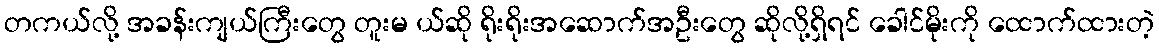
တကယ်လို့ အခန်းကျယ်ကြီးတွေ တူးမ ယ်ဆို ရိုးရိုးအဆောက်အဦးတွေ ဆိုလို့ရှိရင် ခေါင်မိုးကို ထောက်ထားတဲ့